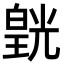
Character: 皝